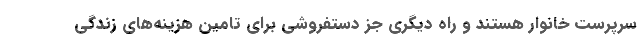
سرپرست خانوار هستند و راه دیگری جز دستفروشی برای تامین هزینه‌های زندگی